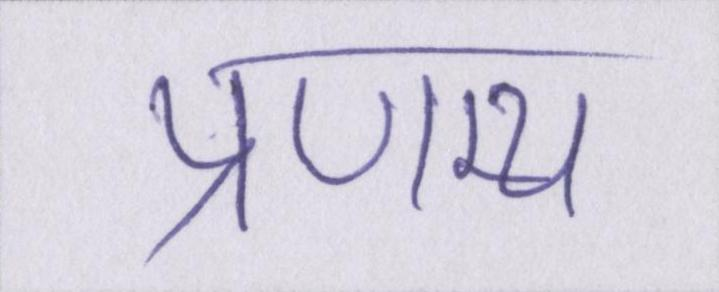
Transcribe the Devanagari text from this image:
प्रणम्य